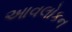
આવલોકન